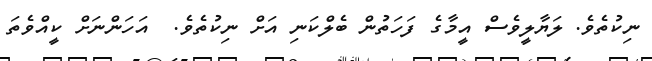
ނިކުތެވެ. ލަޔާލީވެސް އީމާގެ ފަހަތުން ބެލްކަނި އަށް ނިކުތެވެ.  އަހަންނަށް ކީއްވެތަ